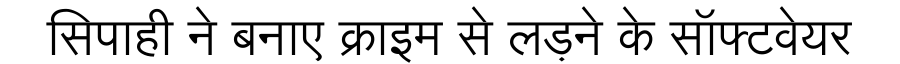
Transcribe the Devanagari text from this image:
सिपाही ने बनाए क्राइम से लड़ने के सॉफ्टवेयर